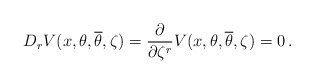
\begin{align*}D_{r} V(x,\theta,{\overline \theta}, \zeta) = \frac{\partial}{\partial \zeta^{r}} V(x,\theta,{\overline \theta}, \zeta) = 0 \, . \end{align*}